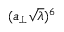
( a _ { \perp } \sqrt { \lambda } ) ^ { 6 }